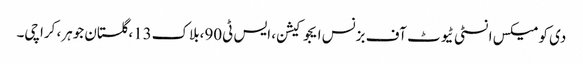
دی کومیکس انسٹی ٹیوٹ آف بزنس ایجوکیشن، ایس ٹی90،بلاک13،گلستان جوہر، کراچی۔